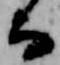
而